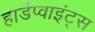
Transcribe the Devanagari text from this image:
हार्डप्वाइंट्स